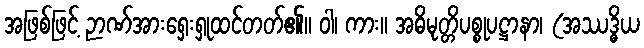
အဖြစ်ဖြင့် ဉာဏ်အားရှေးရှုထင်တတ်၏။ ဝါ၊ ကား။ အဓိမုတ္တိပစ္စုပဋ္ဌာနာ၊ (အဿဒ္ဓိယ